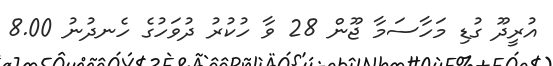
އުރީދޫ ގުޑި މަހާސަމާ ޖޫން 28 ވާ ހުކުރު ދުވަހުގެ ހެނދުނު 8.00